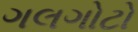
ગલગોટો